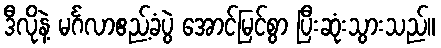
ဒီလိုနဲ့ မင်္ဂလာဧည့်ခံပွဲ အောင်မြင်စွာ ပြီးဆုံးသွားသည်။